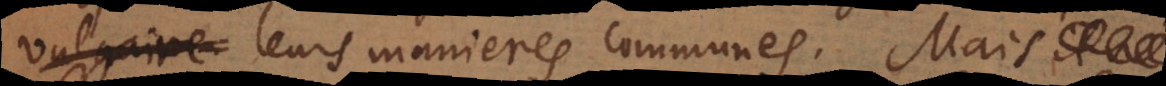
vulgaire leurs manieres communes. Mais